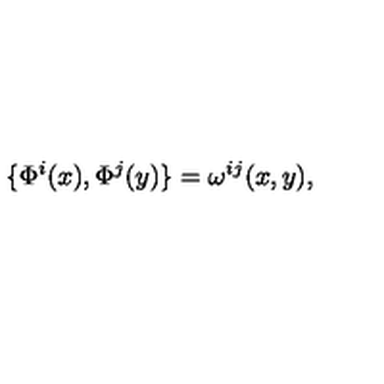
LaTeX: \{ \Phi ^ { i } ( x ) , \Phi ^ { j } ( y ) \} = \omega ^ { i j } ( x , y ) ,